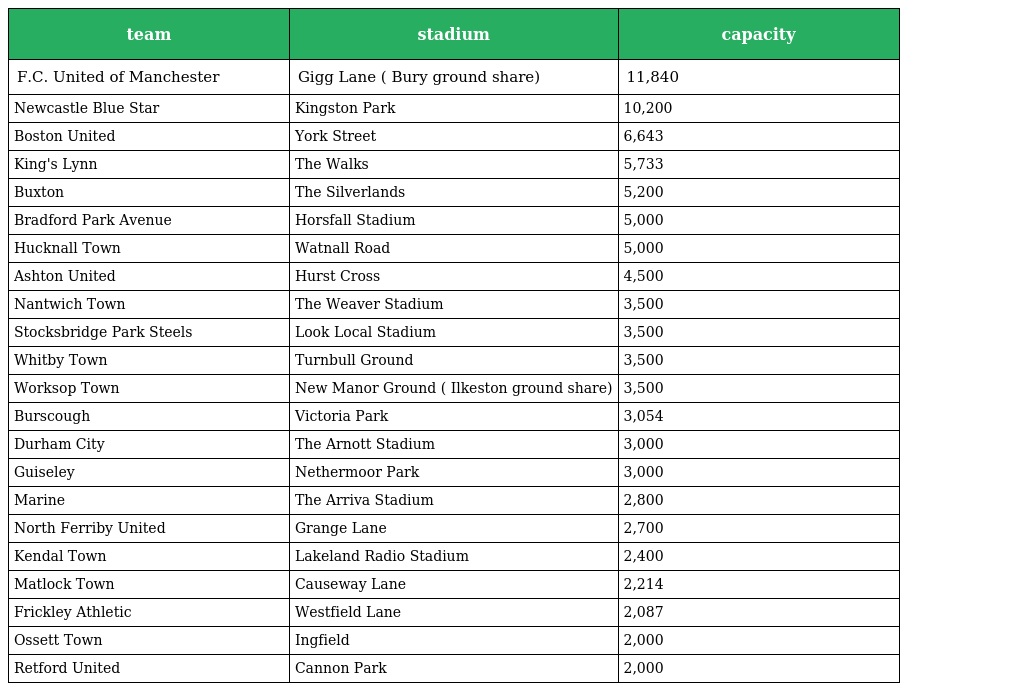
| team | stadium | capacity |
 | --- | --- | --- |
 | F.C. United of Manchester | Gigg Lane ( Bury ground share) | 11,840 |
 | Newcastle Blue Star | Kingston Park | 10,200 |
 | Boston United | York Street | 6,643 |
 | King's Lynn | The Walks | 5,733 |
 | Buxton | The Silverlands | 5,200 |
 | Bradford Park Avenue | Horsfall Stadium | 5,000 |
 | Hucknall Town | Watnall Road | 5,000 |
 | Ashton United | Hurst Cross | 4,500 |
 | Nantwich Town | The Weaver Stadium | 3,500 |
 | Stocksbridge Park Steels | Look Local Stadium | 3,500 |
 | Whitby Town | Turnbull Ground | 3,500 |
 | Worksop Town | New Manor Ground ( Ilkeston ground share) | 3,500 |
 | Burscough | Victoria Park | 3,054 |
 | Durham City | The Arnott Stadium | 3,000 |
 | Guiseley | Nethermoor Park | 3,000 |
 | Marine | The Arriva Stadium | 2,800 |
 | North Ferriby United | Grange Lane | 2,700 |
 | Kendal Town | Lakeland Radio Stadium | 2,400 |
 | Matlock Town | Causeway Lane | 2,214 |
 | Frickley Athletic | Westfield Lane | 2,087 |
 | Ossett Town | Ingfield | 2,000 |
 | Retford United | Cannon Park | 2,000 |